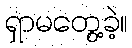
ရှာမတွေ့ခဲ့။